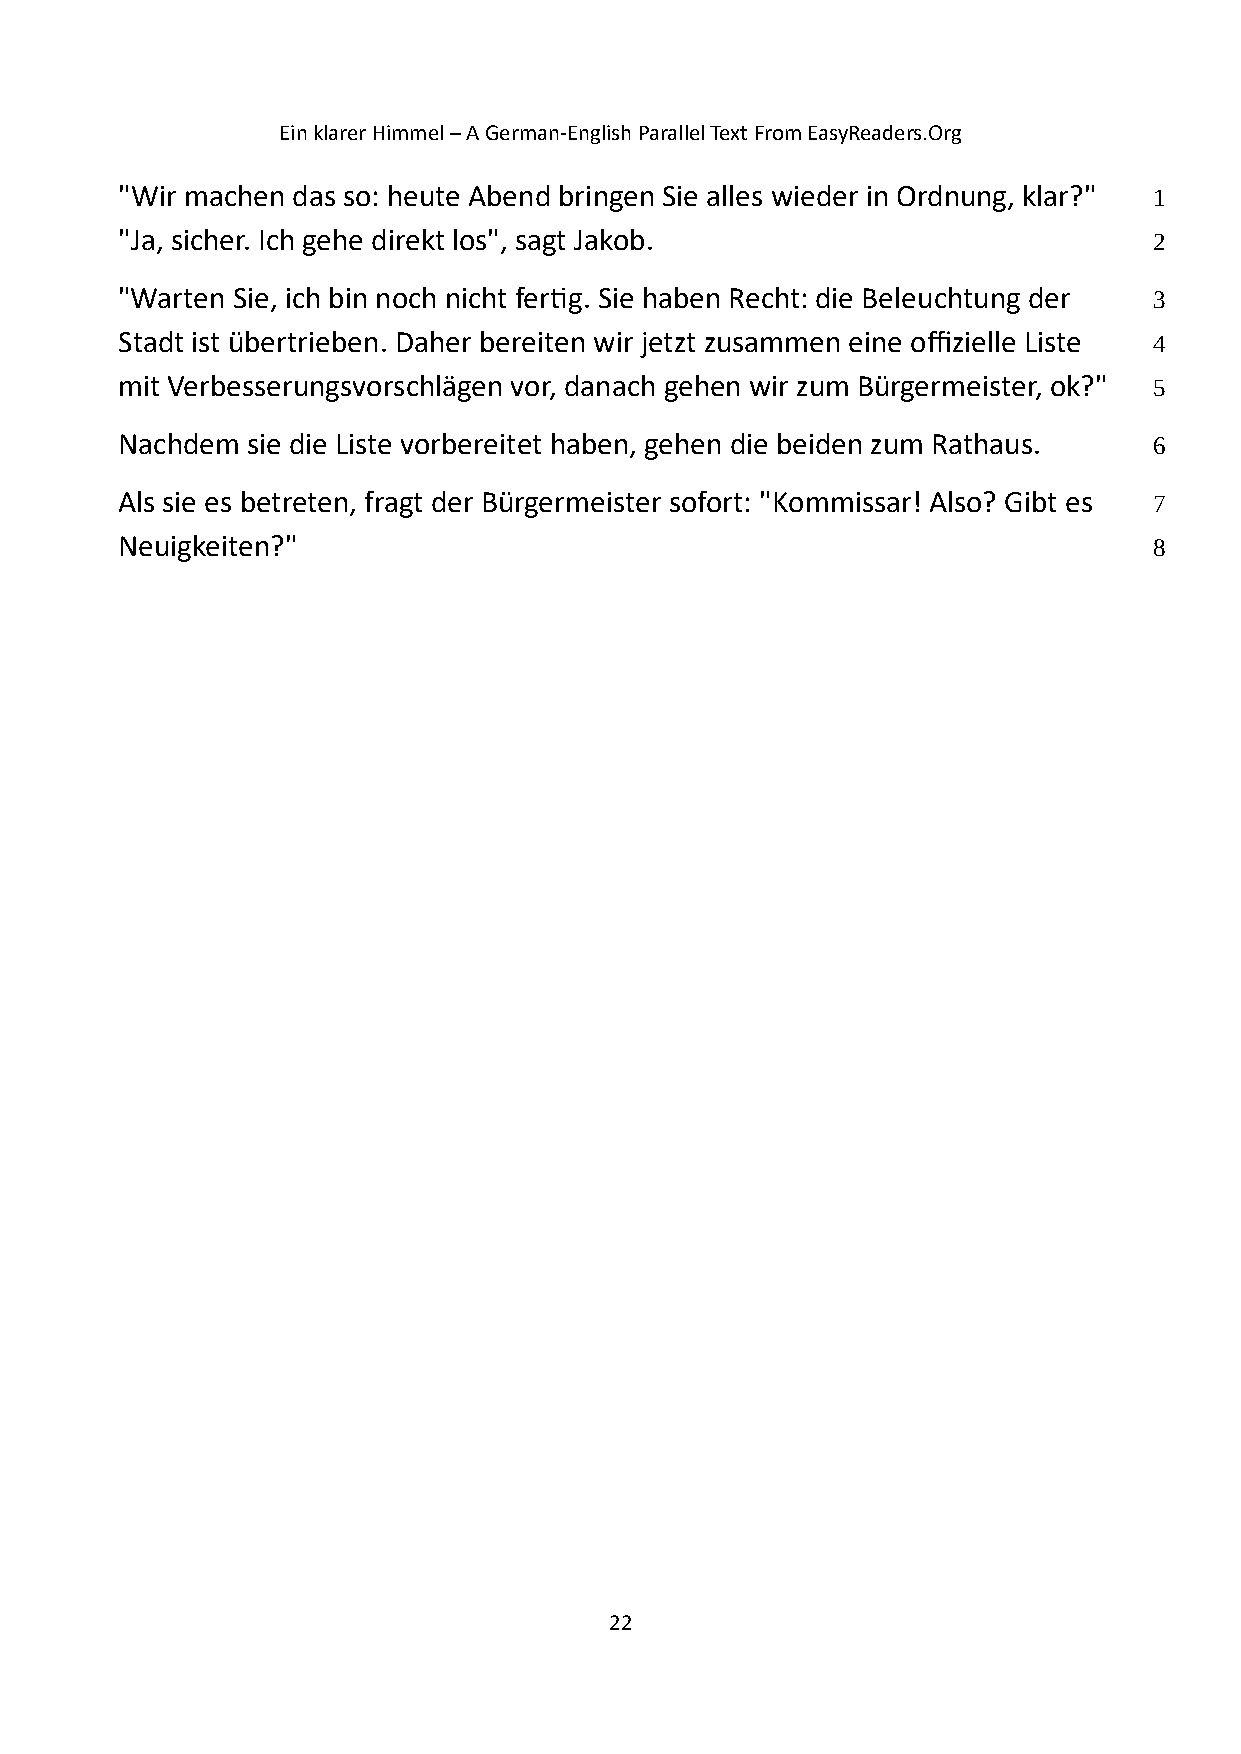
Ein klarer Himmel – A German-English Parallel Text From EasyReaders.Org
 "Wir machen das so: heute Abend bringen Sie alles wieder in Ordnung, klar?" 1
 "Ja, sicher. Ich gehe direkt los", sagt Jakob.                      2
 "Warten Sie, ich bin noch nicht fertig. Sie haben Recht: die Beleuchtung der 3
 Stadt ist übertrieben. Daher bereiten wir jetzt zusammen eine offizielle Liste 4
 mit Verbesserungsvorschlägen vor, danach gehen wir zum Bürgermeister, ok?" 5
 Nachdem sie die Liste vorbereitet haben, gehen die beiden zum Rathaus. 6
 Als sie es betreten, fragt der Bürgermeister sofort: "Kommissar! Also? Gibt es 7
 Neuigkeiten?"                                                       8
 22